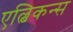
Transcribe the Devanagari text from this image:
एल्बिकन्स